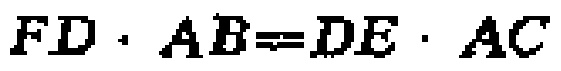
\(FD\cdot AB = DE\cdot AC\)